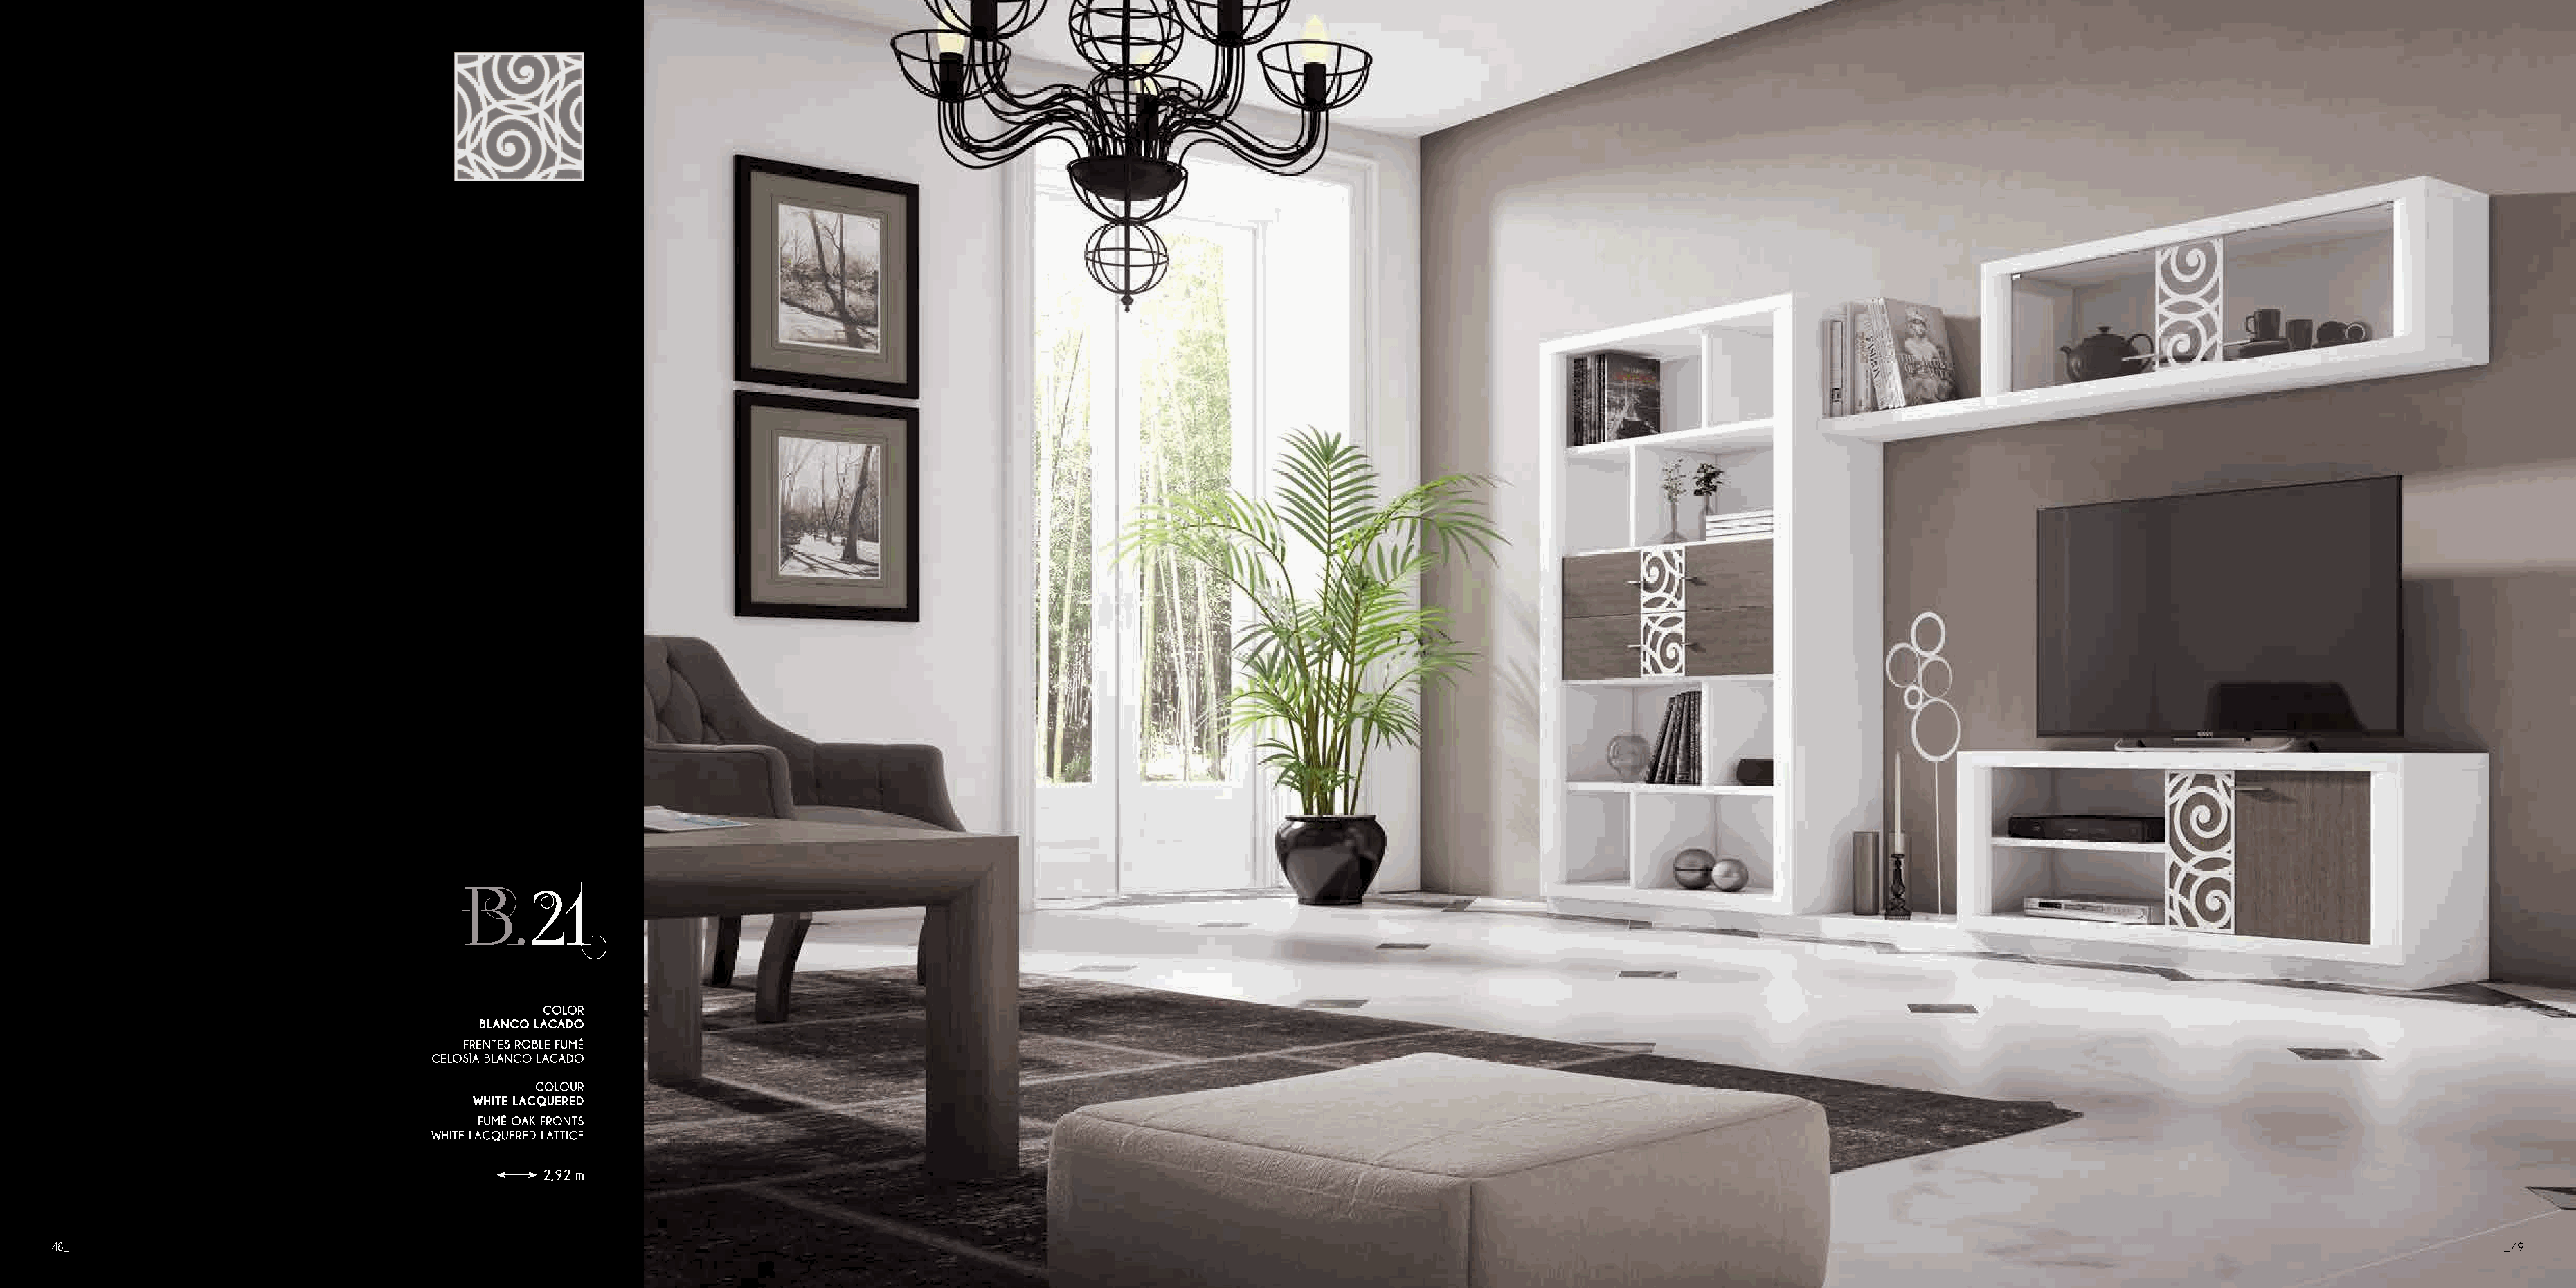
B.21
 2,92 m
 48_                                                                                                                                                                                                                                       _ 49